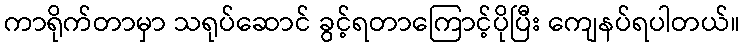
ကာရိုက်တာမှာ သရုပ်ဆောင် ခွင့်ရတာကြောင့်ပိုပြီး ကျေနပ်ရပါတယ်။